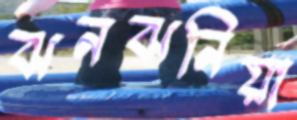
ঝনঝনিয়া